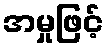
အမှုဖြင့်